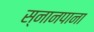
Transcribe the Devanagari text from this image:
स्नानपाना